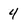
Character: 4